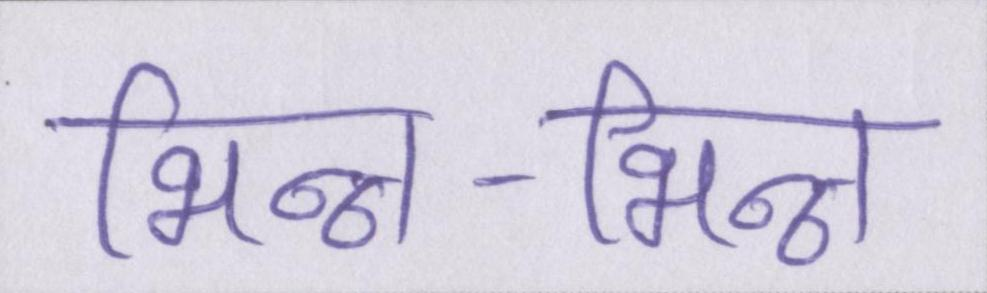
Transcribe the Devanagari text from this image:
भिन्न-भिन्न